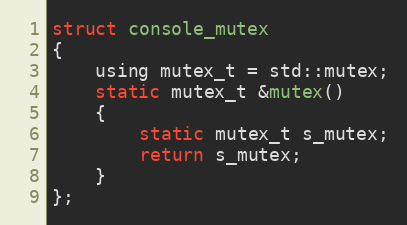
Language: C
struct console_mutex
{
    using mutex_t = std::mutex;
    static mutex_t &mutex()
    {
        static mutex_t s_mutex;
        return s_mutex;
    }
};